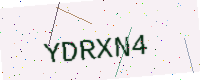
Text: YDRXN4